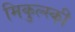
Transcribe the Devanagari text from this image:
मिकुल्स्की